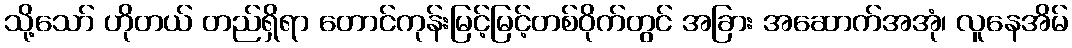
သို့သော် ဟိုတယ် တည်ရှိရာ တောင်ကုန်းမြင့်မြင့်တစ်ဝိုက်တွင် အခြား အဆောက်အအုံ၊ လူနေအိမ်